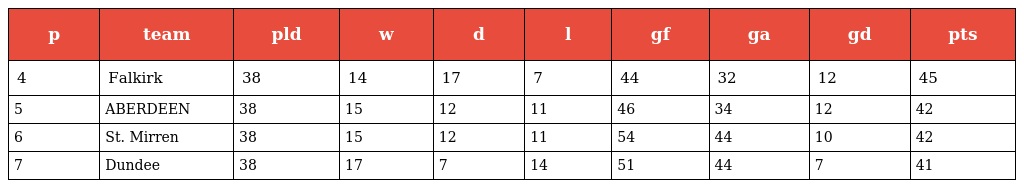
| p | team | pld | w | d | l | gf | ga | gd | pts |
 | --- | --- | --- | --- | --- | --- | --- | --- | --- | --- |
 | 4 | Falkirk | 38 | 14 | 17 | 7 | 44 | 32 | 12 | 45 |
 | 5 | ABERDEEN | 38 | 15 | 12 | 11 | 46 | 34 | 12 | 42 |
 | 6 | St. Mirren | 38 | 15 | 12 | 11 | 54 | 44 | 10 | 42 |
 | 7 | Dundee | 38 | 17 | 7 | 14 | 51 | 44 | 7 | 41 |